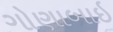
ગોણાબાઇ